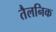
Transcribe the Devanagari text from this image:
तैलनिक